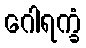
ဂေါရက္ခံ